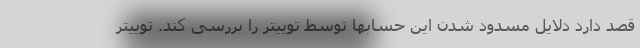
قصد دارد دلایل مسدود شدن این حسابها توسط توییتر را بررسی کند. توییتر